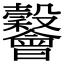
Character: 𣫪